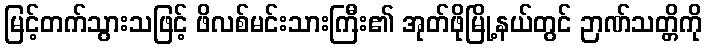
မြင့်တက်သွားသဖြင့် ဖိလစ်မင်းသားကြီး၏ အုတ်ဖိုမြို့နယ်တွင် ဉာဏ်သတ္တိကို